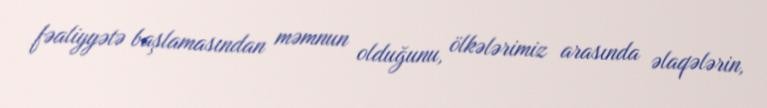
fəaliyyətə başlamasından məmnun olduğunu, ölkələrimiz arasında əlaqələrin,